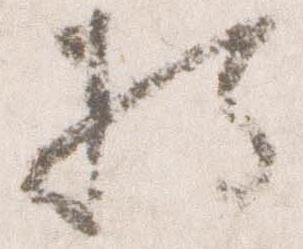
将